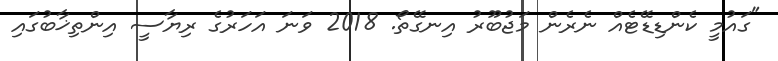
"ގައުމީ ކެންޑިޑޭޓެއް ނެރެން މަޖުބޫރު އިނގޭތޯ. 2018 ވަނަ އަހަރުގެ ރިޔާސީ އިންތިޚާބުގައި